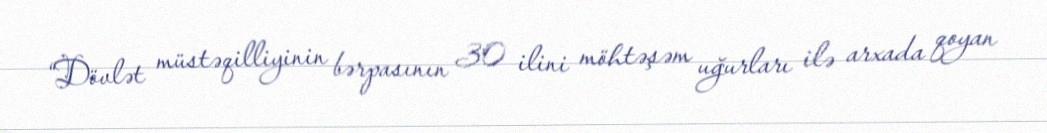
“Dövlət müstəqilliyinin bərpasının 30 ilini möhtəşəm uğurları ilə arxada qoyan